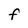
Character: F